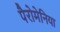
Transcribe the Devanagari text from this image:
पैरोमेनिया